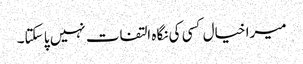
میرا خیال کسی کی نگاہ التفات نہیں پا سکتا۔